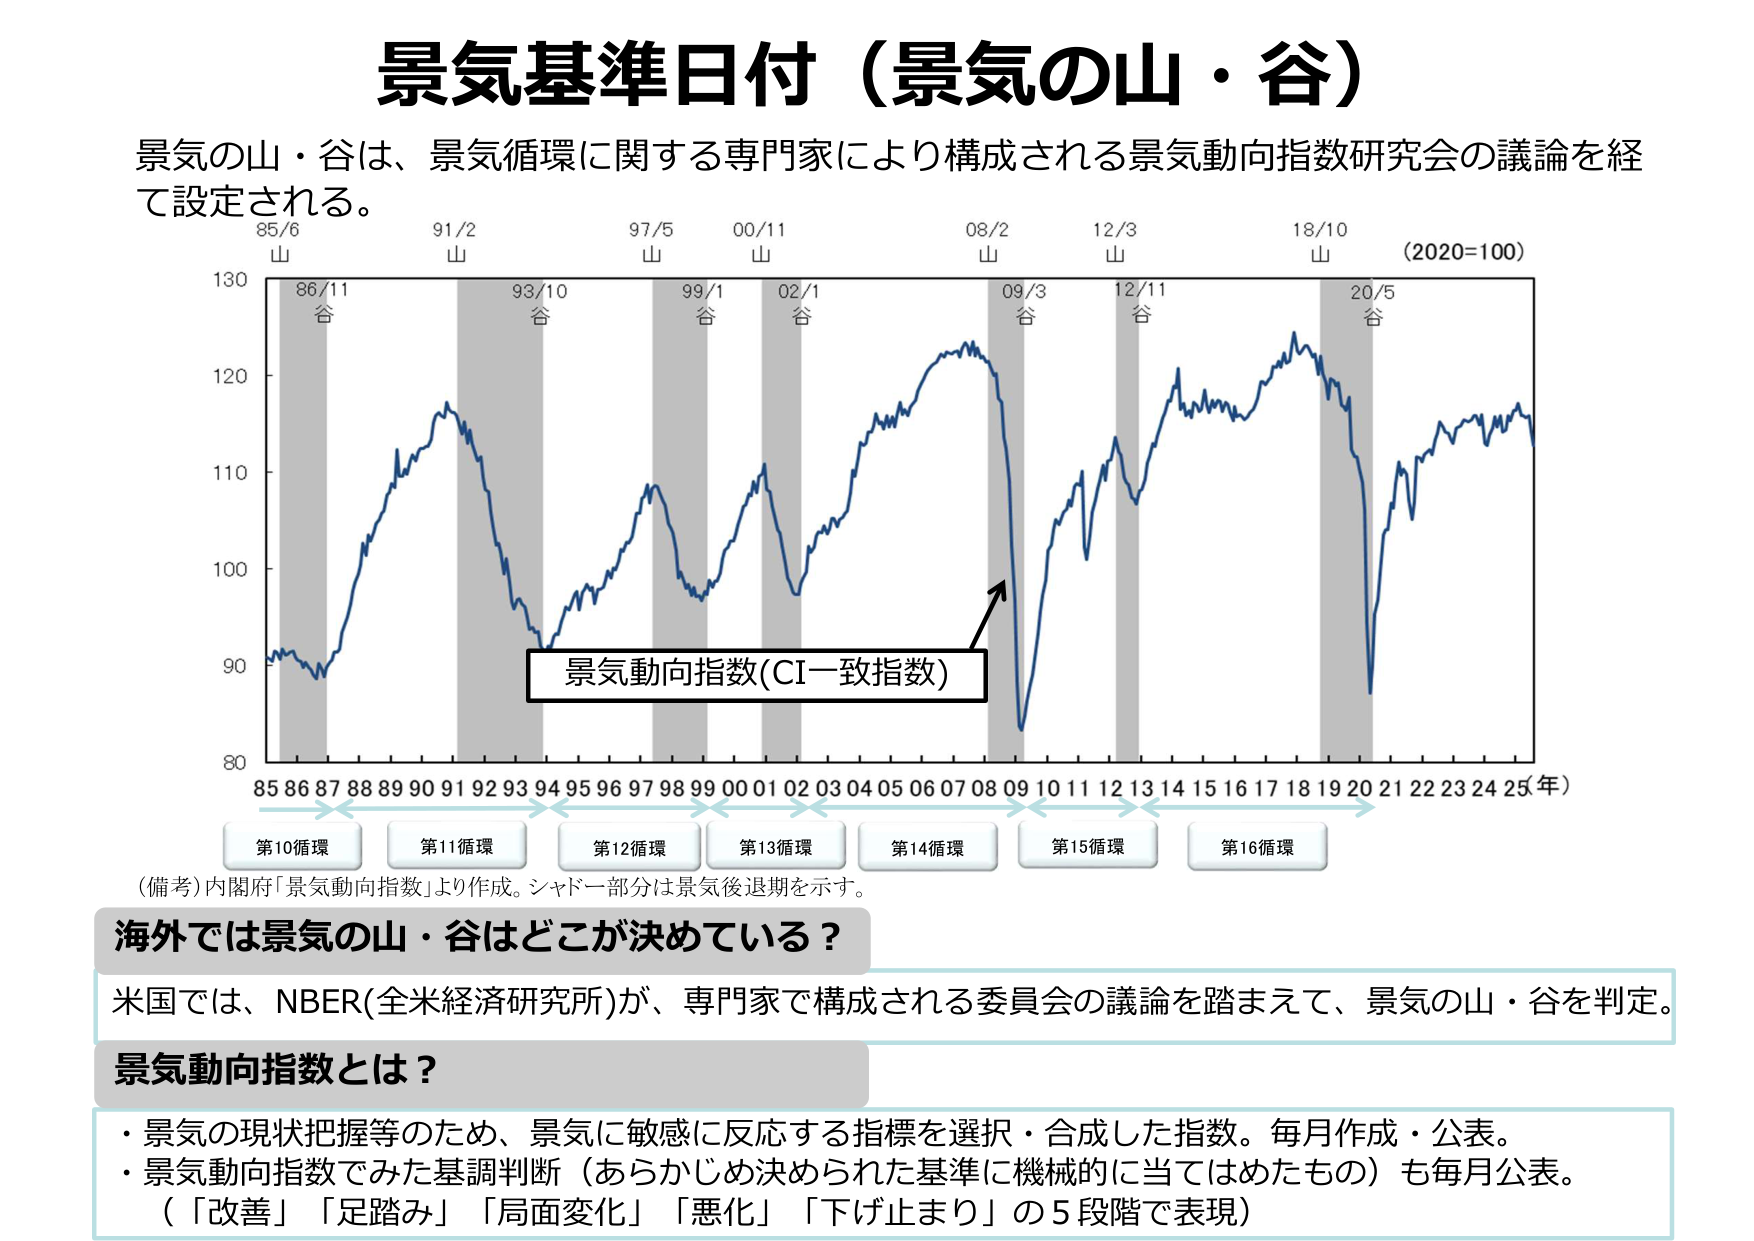
景気基準日付（景気の山・谷）

景気の山・谷は、景気循環に関する専門家により構成される景気動向指数研究会の議論を経て設定される。

85/6 山
91/2 山
97/5 山
00/11 山
08/2 山
12/3 山
18/10 山
（2020=100）

86/11 谷
93/10 谷
99/1 谷
02/1 谷
09/3 谷
12/11 谷
20/5 谷

130
120
110
100
90
80

景気動向指数(CI一致指数)

85 86 87 88 89 90 91 92 93 94 95 96 97 98 99 00 01 02 03 04 05 06 07 08 09 10 11 12 13 14 15 16 17 18 19 20 21 22 23 24 25（年）

第10循環
第11循環
第12循環
第13循環
第14循環
第15循環
第16循環

（備考）内閣府「景気動向指数」より作成。シャドー部分は景気後退期を示す。

海外では景気の山・谷はどこが決めている？

米国では、NBER（全米経済研究所）が、専門家で構成される委員会の議論を踏まえて、景気の山・谷を判定。

景気動向指数とは？

・景気の現状把握等のため、景気に敏感に反応する指標を選択・合成した指数。毎月作成・公表。
・景気動向指数でみた基調判断（あらかじめ決められた基準に機械的に当てはめたもの）も毎月公表。
（「改善」「足踏み」「局面変化」「悪化」「下げ止まり」の5段階で表現）